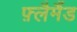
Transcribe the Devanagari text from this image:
फ़्लैमैंड